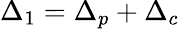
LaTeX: {\Delta_{1}}={\Delta_{p}}+{\Delta_{c}}